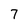
Character: 7